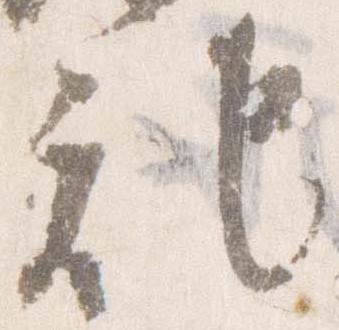
記